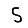
Digit: 5